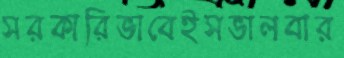
সরকারিভাবেইসভালবার